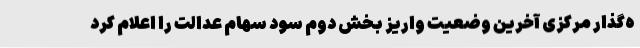
ه‌گذار مرکزی آخرین وضعیت واریز بخش دوم سود سهام عدالت را اعلام کرد